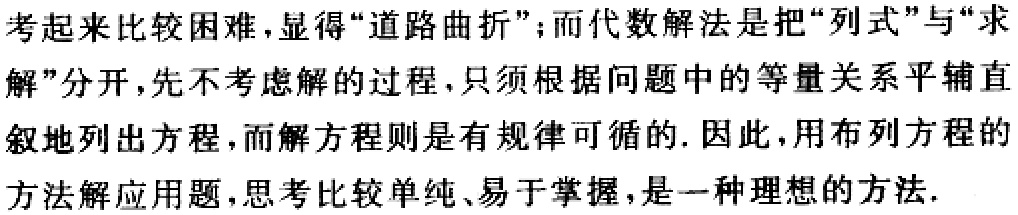
考起来比较困难,显得“道路曲折”;而代数解法是把“列式”与“求
解”分开,先不考虑解的过程,只须根据问题中的等量关系平辅直
叙地列出方程,而解方程则是有规律可循的. 因此,用布列方程的
方法解应用题,思考比较单纯、易于掌握,是一种理想的方法.